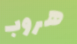
هروب